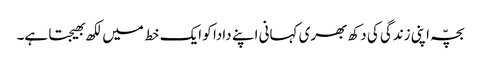
بچّہ اپنی زندگی کی دکھ بھری کہانی اپنے دادا کو ایک خط میں لکھ بھیجتا ہے۔